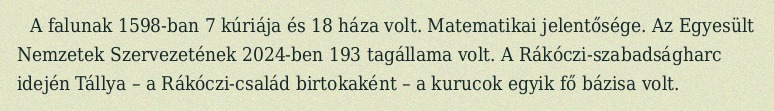
A falunak 1598-ban 7 kúriája és 18 háza volt. Matematikai jelentősége. Az Egyesült Nemzetek Szervezetének 2024-ben 193 tagállama volt. A Rákóczi-szabadságharc idején Tállya – a Rákóczi-család birtokaként – a kurucok egyik fő bázisa volt.